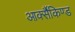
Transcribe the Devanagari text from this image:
आर्क्सैकिण्ड